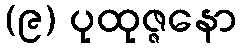
(၉) ပုထုဇ္ဇနော